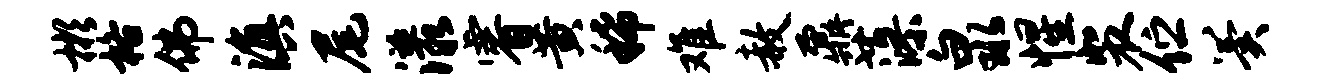
彬格佛滇尾漾睿黄稀难赦鼐藻泉惺裴伫翼